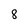
Character: 8